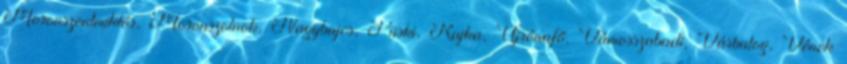
Mosonszentmiklós, Mosonszolnok, Nagybajcs, Püski, Rajka, Újrónafő, Vámosszabadi, Várbalog, Vének